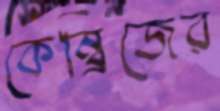
কেম্ব্রিজের